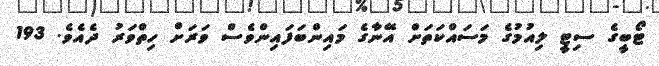
ޓޯބީގެ ސިޓީ ލިއުމުގެ މަސައްކަތަށް އޭނާގެ މައިންބަފައިންވެސް ވަރަށް ހިތްވަރު ދެއެވެ. 193